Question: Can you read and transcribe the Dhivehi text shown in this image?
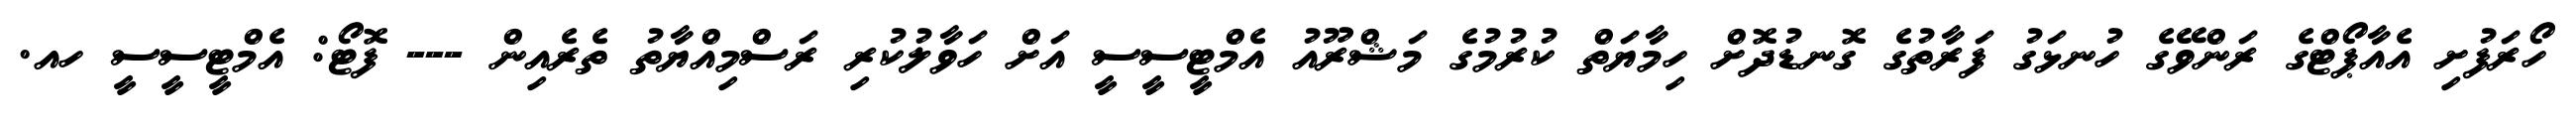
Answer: ހޯރަފުށި އެއާޕޯޓްގެ ރަންވޭގެ ހުނޅަގު ފަރާތުގެ ގޮނޑުދޮށް ހިމާޔަތް ކުރުމުގެ މަޝްރޫއު އެމްޓީސީސީ އަށް ހަވާލުކުރި ރަސްމިއްޔާތު ތެރެއިން --- ފޮޓޯ: އެމްޓީސީސީ ހއ.